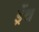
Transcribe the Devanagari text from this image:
ड्रेंथ